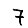
Digit: 7